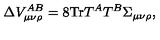
\Delta V _ { \mu \nu \rho } ^ { A B } = 8 \mathrm { T r } T ^ { A } T ^ { B } \Sigma _ { \mu \nu \rho } ,